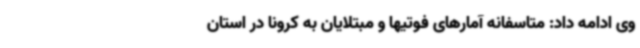
وی ادامه داد: متاسفانه آمارهای فوتیها و مبتلایان به کرونا در استان